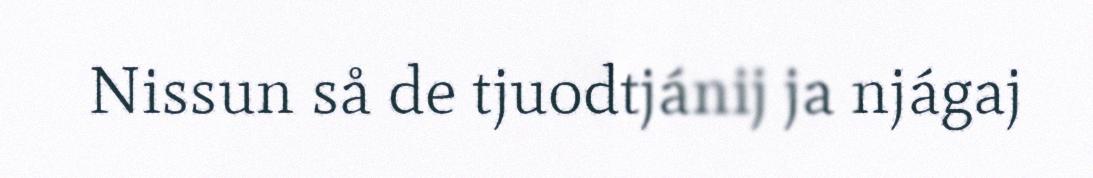
Nissun så de tjuodtjánij ja njágaj